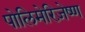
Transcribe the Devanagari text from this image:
पोलिमेरिज़ेष्ण